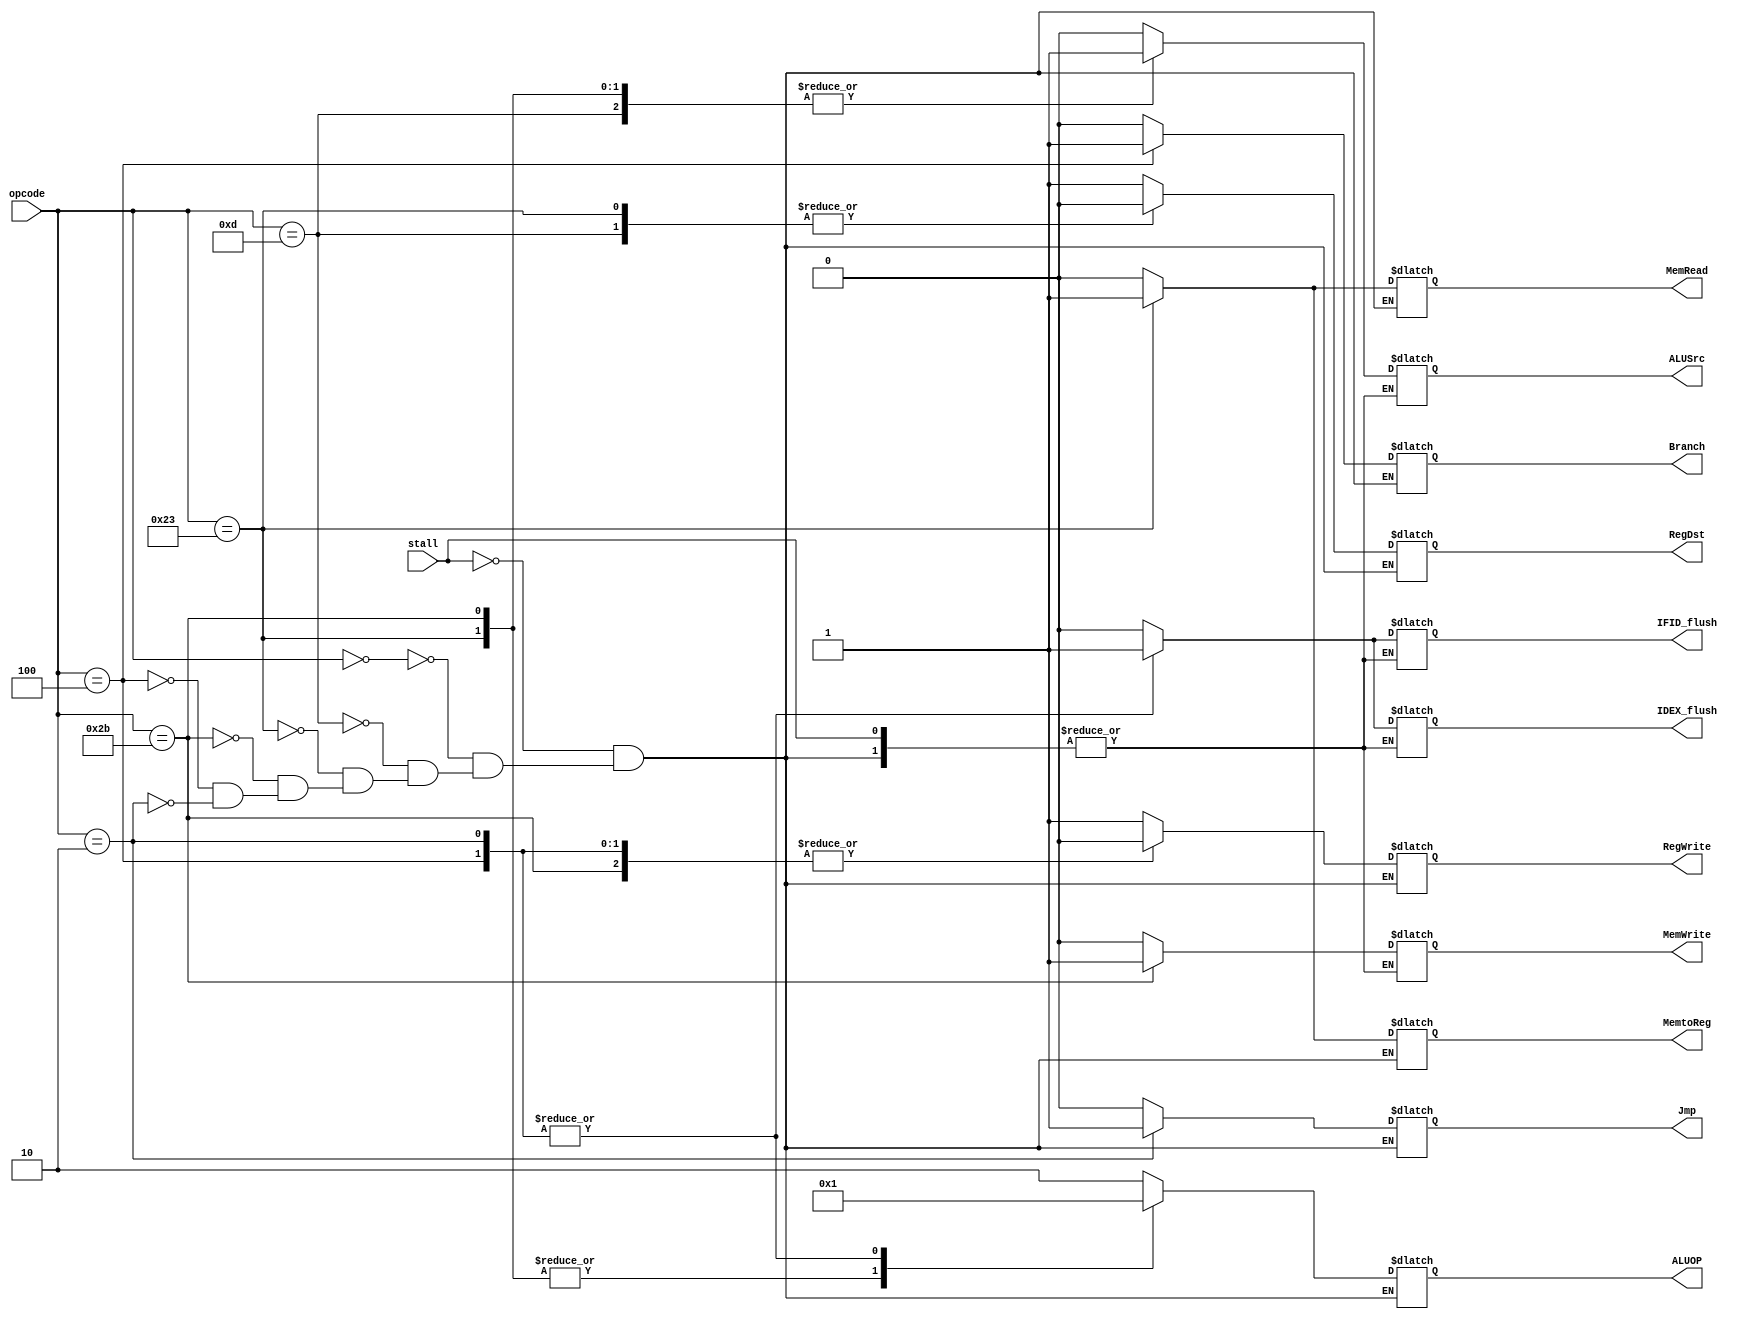
`timescale 1ns / 1ps
//////////////////////////////////////////////////////////////////////////////////
// Company: 
// Engineer: 
// 
// Design Name: 
// Module Name: Control_unit
// Project Name: 
// Target Devices: 
// Tool Versions: 
// Description: 
// 
// Dependencies: 
// 
// Revision:
// Revision 0.01 - File Created
// Additional Comments:
// 
//////////////////////////////////////////////////////////////////////////////////


module Control_unit(input [5:0] opcode,input stall, output reg RegDst, output reg Branch, output reg Jmp, output reg MemRead, output reg MemtoReg, 
                    output reg [1:0] ALUOP, output reg MemWrite, output reg ALUSrc, output reg RegWrite,output reg IFID_flush, output reg IDEX_flush);

always@(*)
begin
    if(!stall)begin
        case(opcode)
            6'b000000:begin
                RegDst   <=1;
                Branch   <=0;                   //Rtype
                Jmp      <=0;
                MemRead  <=0;
                MemtoReg <=0;
                ALUOP    <=2'b10;
                MemWrite <=0;
                ALUSrc   <=0;
                RegWrite <=1; 
                IFID_flush <= 0;
                IDEX_flush <= 0;     
            end
            6'b001101:begin
                RegDst   <=0;
                Branch   <=0;                   //Itype
                Jmp      <=0;
                MemRead  <=0;
                MemtoReg <=0;
                ALUOP    <=2'b10;
                MemWrite <=0;
                ALUSrc   <=1;
                RegWrite <=1;
                IFID_flush <= 0;
                IDEX_flush <= 0; 
            end
            6'b100011:begin
                RegDst   <=0;
                Branch   <=0;
                Jmp      <=0;
                MemRead  <=1;                //LW
                MemtoReg <=1;
                ALUOP    <=2'b00;
                MemWrite <=0;
                ALUSrc   <=1;
                RegWrite <=1;
                IFID_flush <= 0;
                IDEX_flush <= 0;  
            end
            6'b101011:begin
                RegDst   <=1'bX;
                Branch   <=0;
                Jmp      <=0;
                MemRead  <=0;                //SW
                MemtoReg <=1'bX;
                ALUOP    <=2'b00;
                MemWrite <=1;
                ALUSrc   <=1;
                RegWrite <=0;
                IFID_flush <= 0;
                IDEX_flush <= 0;  
            end
            6'b000100:begin
                RegDst   <=1'bX;
                Branch   <=1;
                Jmp      <=0;
                MemRead  <=0;                //Beq
                MemtoReg <=1'bX;
                ALUOP    <=2'b01;
                MemWrite <=0;
                ALUSrc   <=0;
                RegWrite <=0;
                IFID_flush <= 1;
                IDEX_flush <= 1;  
            end
            6'b000010:begin
                RegDst   <=1'bX;
                Branch   <=0;
                Jmp      <=1;
                MemRead  <=0;                //JUMP
                MemtoReg <=1'bX;
                ALUOP    <=2'b01;
                MemWrite <=0;
                ALUSrc   <=0;
                RegWrite <=0;
                IFID_flush <= 1;
                IDEX_flush <= 1;               
            end
        endcase
    end
    else begin
       //MemWrite <= 1'bx;
       MemRead  <= 1'bx;
       MemtoReg <=1'bx;
       RegWrite <= 1'bx;
       ALUOP <= 2'bxx;
       RegDst <= 1'bx;
       Branch <= 1'bx;
       Jmp      <=1'bx;
    end
end
endmodule